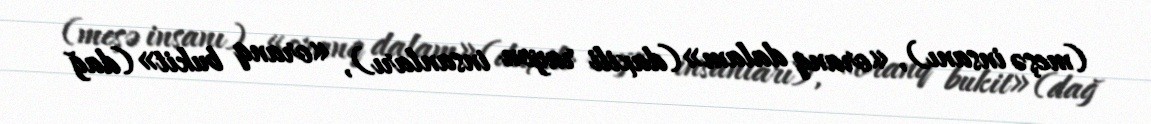
(meşə insanı), «oranq dalam» (daxili rayon insanları), «oranq bukit» (dağ